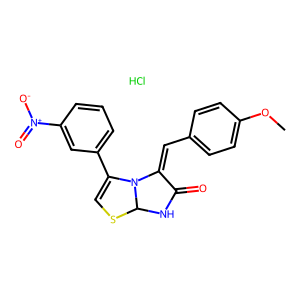
SMILES: COc1ccc(C=C2C(=O)NC3SC=C(c4cccc([N+](=O)[O-])c4)N23)cc1.Cl
Inhibits HIV replication: No